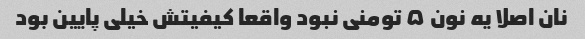
نان اصلا یه نون ۵ تومنی نبود واقعا کیفیتش خیلی پایین بود